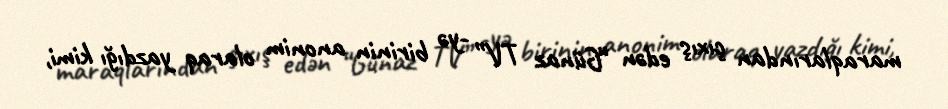
maraqlarından çıxış edən “Günaz TV” -yə birinin anonim olaraq yazdığı kimi,